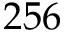
2 5 6